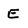
Character: E